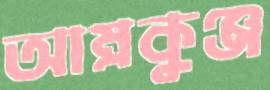
আম্রকুঞ্জ